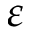
\varepsilon